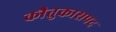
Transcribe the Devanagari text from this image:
काैतुकासपद